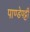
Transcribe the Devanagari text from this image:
पाण्डेपट्टी